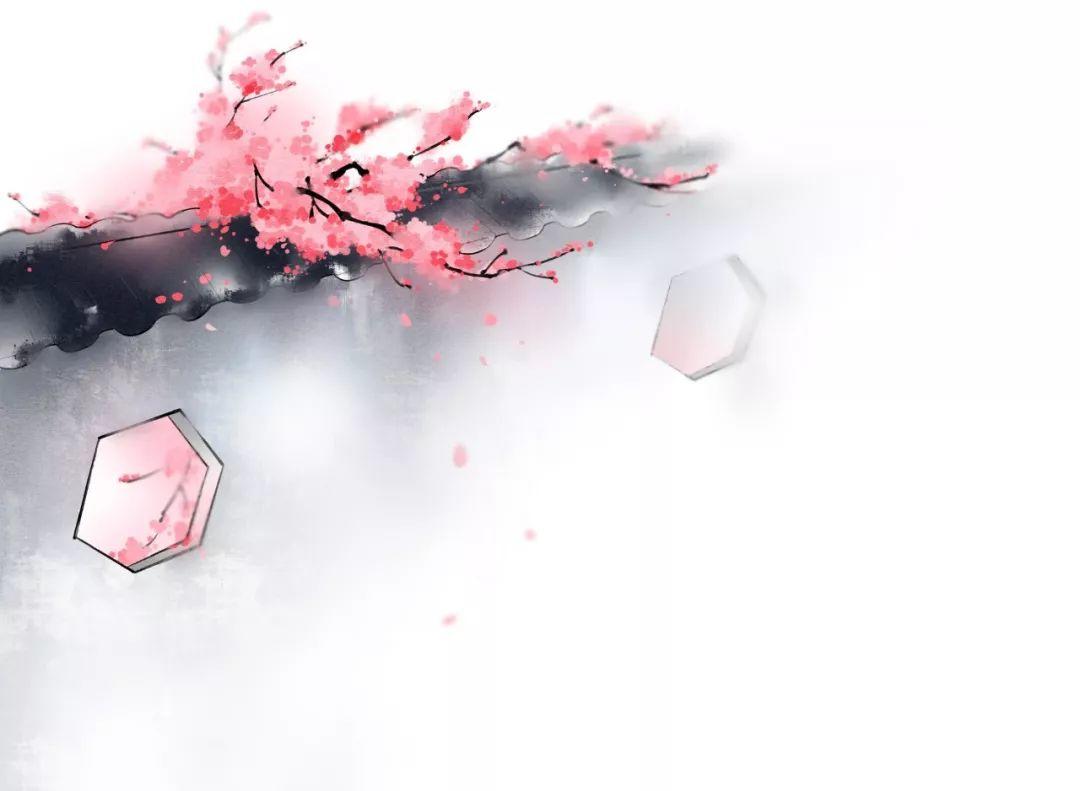
石门流水遍桃花，我亦曾到秦人家。